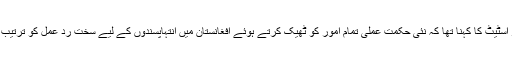
سیکریٹر اسٹیٹ کا کہنا تھا کہ نئی حکمت عملی تمام امور کو ٹھیک کرتے ہوئے افغانستان میں انتہاپسندوں کے لیے سخت رد عمل کو ترتیب دے گی۔